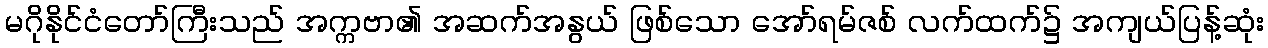
မဂိုနိုင်ငံတော်ကြီးသည် အက္ကဗာ၏ အဆက်အနွယ် ဖြစ်သော အော်ရမ်ဇစ် လက်ထက်၌ အကျယ်ပြန့်ဆုံး